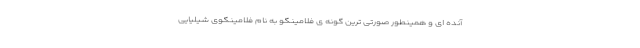
آنده ای و همینطور صورتی ترین گونه ی فلامینگو به نام فلامینگوی شیلیایی